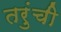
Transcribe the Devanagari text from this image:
तरुंची